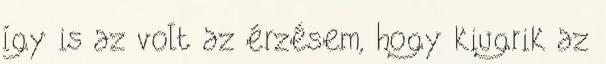
így is az volt az érzésem, hogy kiugrik az